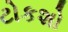
ટોકશો